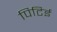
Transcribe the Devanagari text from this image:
पिटिई